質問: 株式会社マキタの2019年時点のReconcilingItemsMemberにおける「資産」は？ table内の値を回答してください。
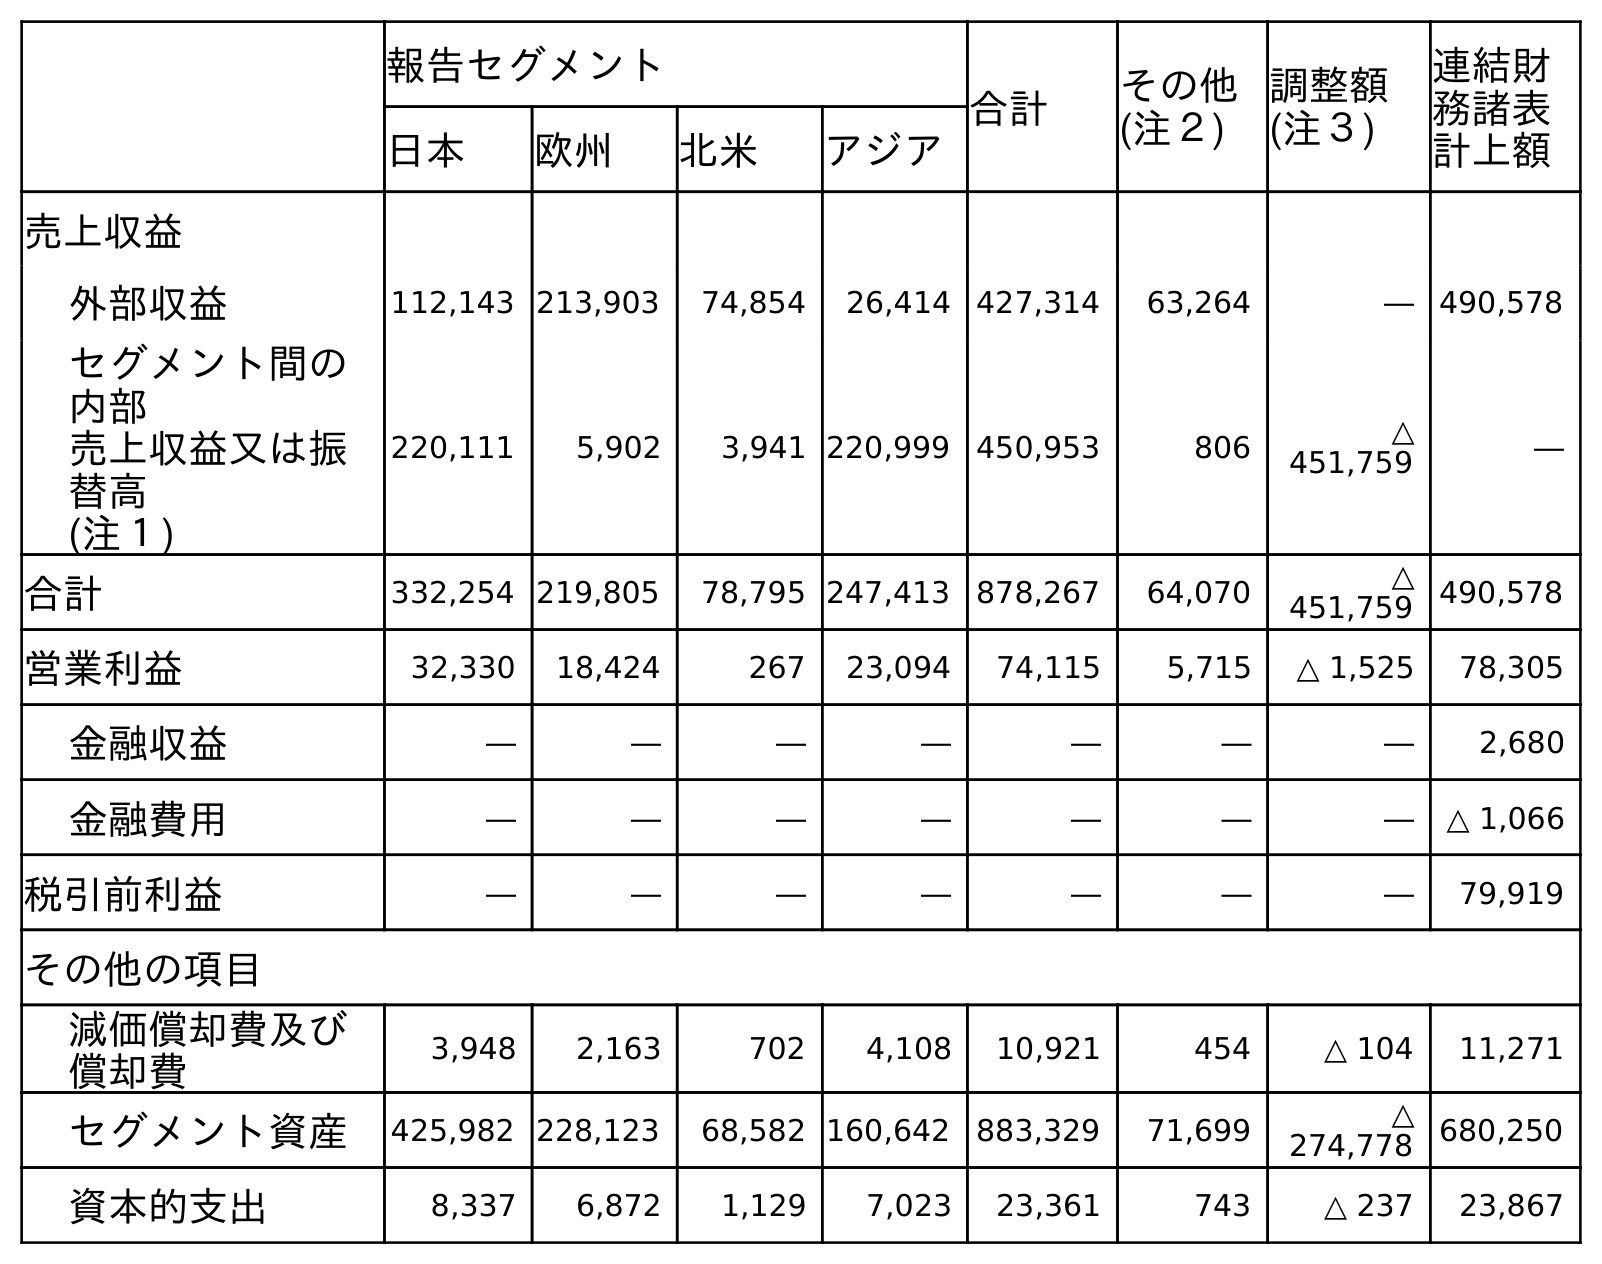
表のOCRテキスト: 報告セグメント 合計 その他 (注２) 調整額 (注３) 連結財 務諸表 計上額 日本 欧州 北米 アジア 売上収益 外部収益 112,143 213,903 74,854 26,414 427,314 63,264 ― 490,578 セグメント間の 内部 売上収益又は振 替高 (注１) 220,111 5,902 3,941 220,999 450,953 806 △ 451,759 ― 合計 332,254 219,805 78,795 247,413 878,267 64,070 △ 451,759 490,578 営業利益 32,330 18,424 267 23,094 74,115 5,715 △ 1,525 78,305 金融収益 ― ― ― ― ― ― ― 2,680 金融費用 ― ― ― ― ― ― ― △ 1,066 税引前利益 ― ― ― ― ― ― ― 79,919 その他の項目 減価償却費及び 償却費 3,948 2,163 702 4,108 10,921 454 △ 104 11,271 セグメント資産 425,982 228,123 68,582 160,642 883,329 71,699 △ 274,778 680,250 資本的支出 8,337 6,872 1,129 7,023 23,361 743 △ 237 23,867
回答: △274,778